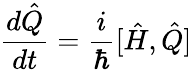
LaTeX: {\frac{d{\hat{Q}}}{dt}}={\frac{i}{\hbar}}[{\hat{H}},{\hat{Q}}]